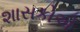
શાસકોએ